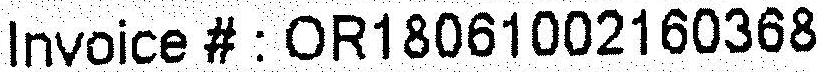
INVOICE # : OR18061002160368